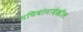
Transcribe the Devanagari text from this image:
सचिवांनादेखील